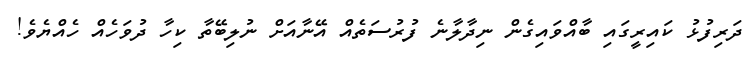
ދަރިފުޅު ކައިރީގައި ބާއްވައިގެން ނިދާލާނެ ފުރުސަތެއް އޭނާއަށް ނުލިބޭތާ ކިހާ ދުވަހެއް ހެއްޔެވެ!